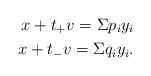
LaTeX: \begin{align*}x + t_+v = \Sigma p_i y_i\\x + t_-v = \Sigma q_i y_i.\end{align*}